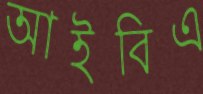
আইবিএ